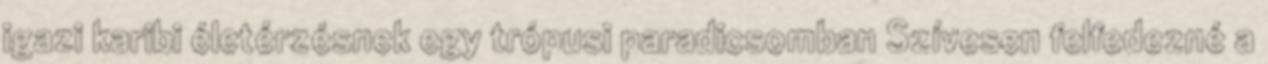
igazi karibi életérzésnek egy trópusi paradicsomban Szívesen felfedezné a